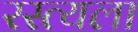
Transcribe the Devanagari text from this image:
रस्त्यला